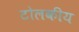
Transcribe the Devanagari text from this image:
टोलकीय